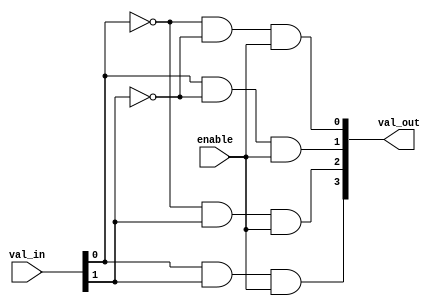
module t2fdecoder(
  input [1:0] val_in,
  input enable,
  output [3:0] val_out
);
  assign val_out[0] = ((!val_in[0]) & (!val_in[1])) & enable;
  assign val_out[1] = ((val_in[0]) & (!val_in[1])) & enable;
  assign val_out[2] = ((!val_in[0]) & val_in[1]) & enable;
  assign val_out[3] = ((val_in[0]) & (val_in[1])) & enable;
endmodule